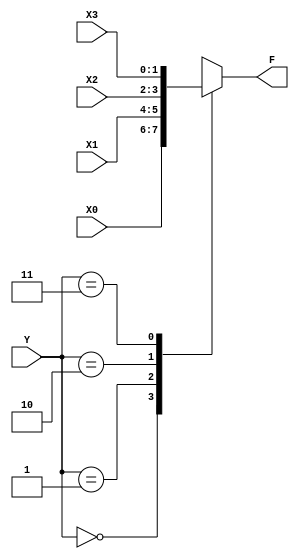
module mux_2bits_41(X0,X1,X2,X3,Y,F);
	input [1:0] X0,X1,X2,X3;
	input [1:0] Y;
	output reg [1:0]F;
	
	always @(*)
		case (Y)
			0: F=X0;
			1: F=X1;
			2: F=X2;
			3: F=X3;
			default: F=2'b00;
		endcase
		
endmodule